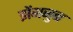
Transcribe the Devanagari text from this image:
झेंगजुन